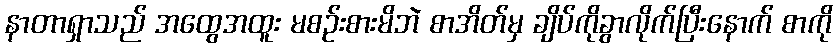
နာတာရှာသည် အထွေအထူး မစဉ်းစားမိဘဲ စာအိတ်မှ ချိပ်ကိုခွာလိုက်ပြီးနောက် စာကို